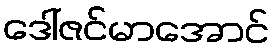
ဒေါ်ဇင်မာအောင်